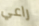
راعي